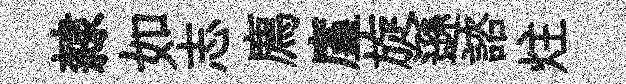
隸如志廌廑旋遜諮炷